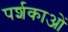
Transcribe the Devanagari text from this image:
पर्शकाओं